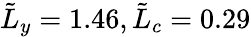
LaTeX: \tilde{L}_{y}=1.46,\tilde{L}_{c}=0.29